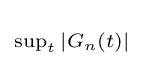
\scriptstyle \sup _{t}|G_{n}(t)|